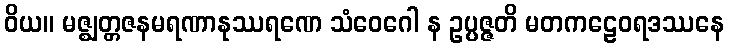
ဝိယ။ မဇ္ဈတ္တဇနမရဏာနုဿရဏေ သံဝေဂေါ န ဥပ္ပဇ္ဇတိ မတကဠေဝရဒဿနေ